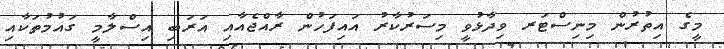
މީގެ އިތުރުން މިނިސްޓަރ ވިދާޅުވީ މިސަރުކާރު އައިފަހުން ރާއްޖެއާއި އަރަބި އިސްލާމީ ގައުމުތަކާއި